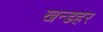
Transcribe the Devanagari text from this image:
खन्डहर